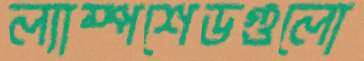
ল্যাম্পশেডগুলো